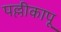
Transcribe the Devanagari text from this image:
पल्लीकापू